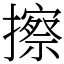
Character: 擦